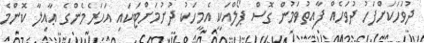
ދުވަހަކަށްފަހު ދުވަހެއް ފާއިތުވަމުން ގޮސް ޕޯލްއަކީ އެމީހަކު ދުށުމަށްޓަކައި އަހަރެމެންގެ ޢާއިލާ ކޮންމެ